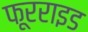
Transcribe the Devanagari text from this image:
फूरराइड